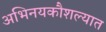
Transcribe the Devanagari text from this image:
अभिनयकौशल्यात